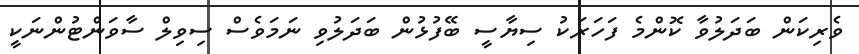
ވެރިކަން ބަދަލުވާ ކޮންމެ ފަހަރަކު ސިޔާސީ ބޭފުޅުން ބަދަލުވި ނަމަވެސް ސިވިލް ސާވަންޓުންނަކީ